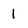
Character: 1